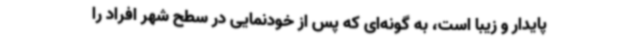
پایدار و زیبا است، به گونه‌ای که پس از خودنمایی در سطح شهر افراد را